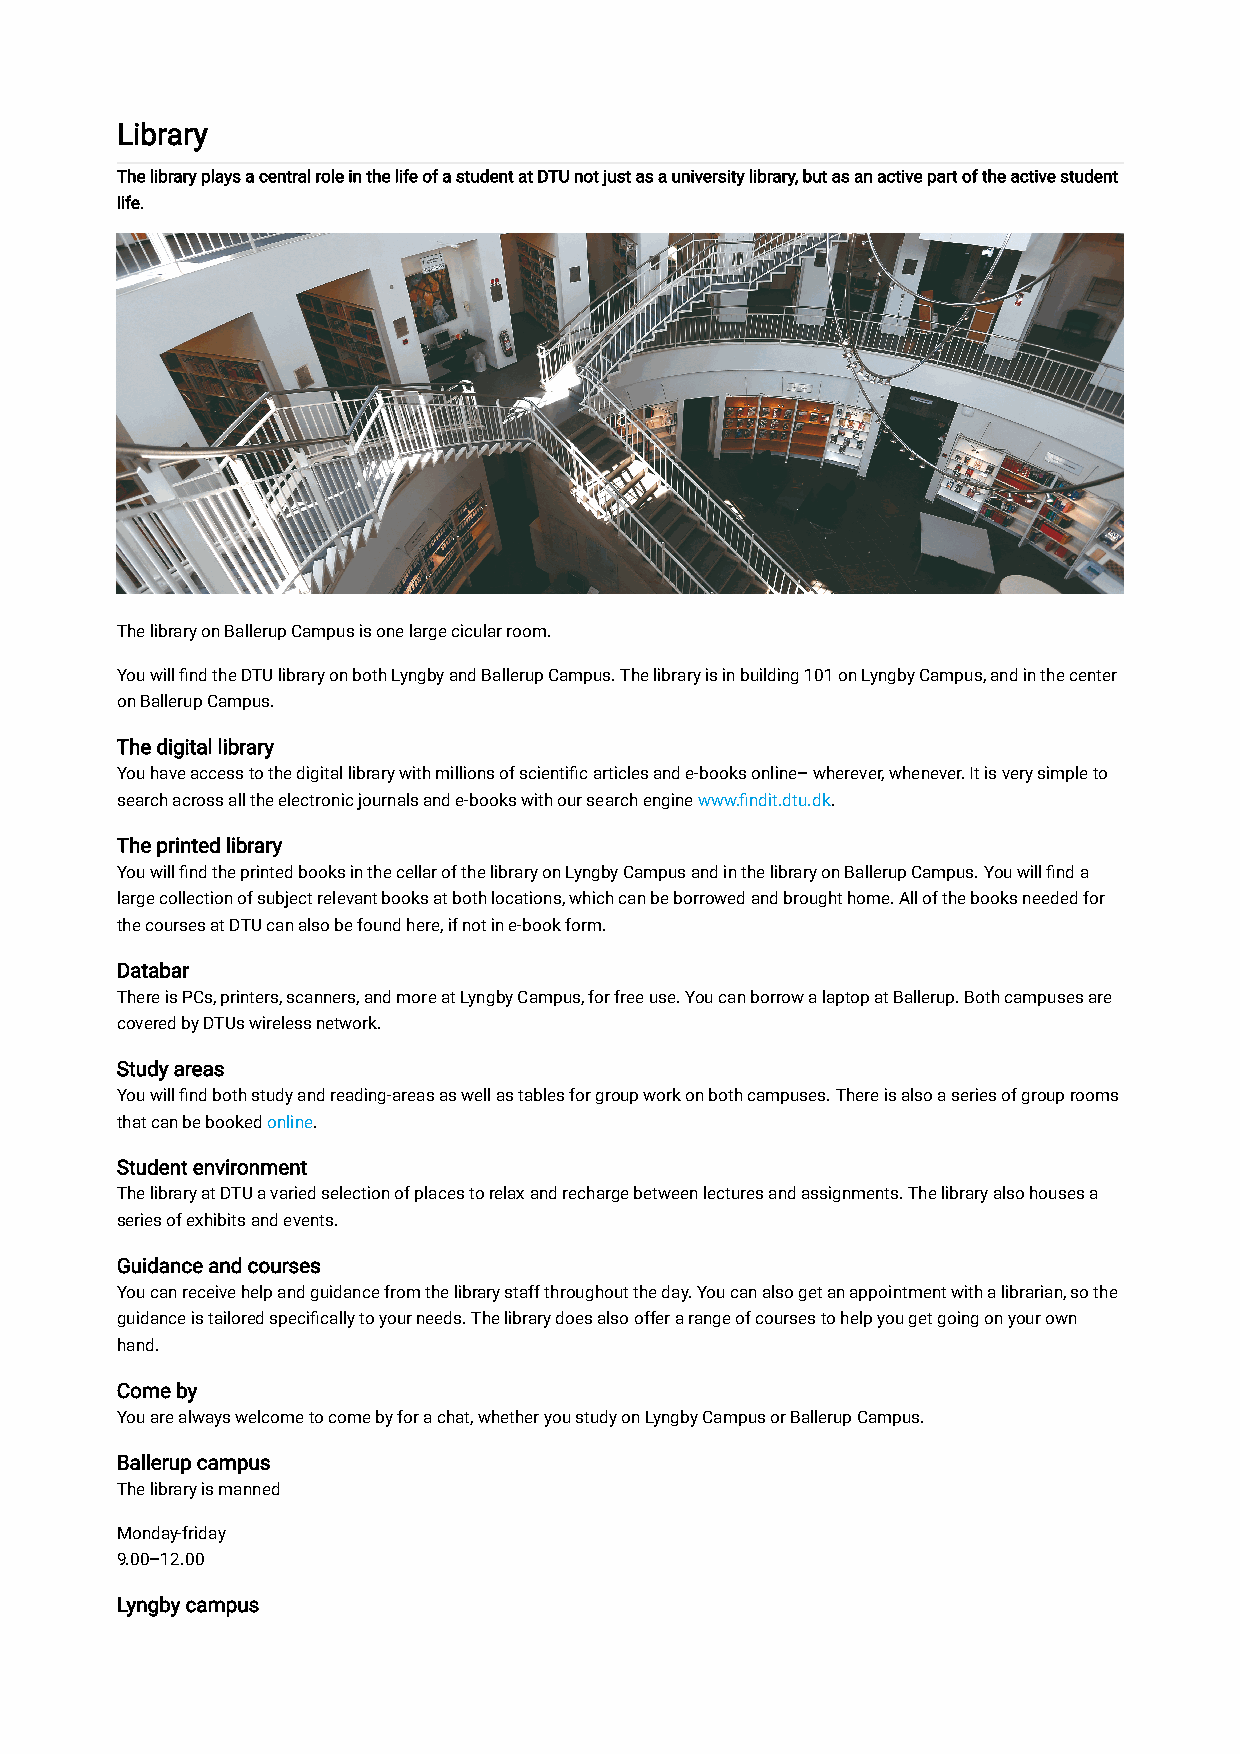
Library
 The library plays a central role in the life of a student at DTU not just as a university library, but as an active part of the active student
 life.
 The library on Ballerup Campus is one large cicular room.
 You will find the DTU library on both Lyngby and Ballerup Campus. The library is in building 101 on Lyngby Campus, and in the center
 on Ballerup Campus.
 The digital library
 You have access to the digital library with millions of scientific articles and e-books online– wherever, whenever. It is very simple to
 search across all the electronic journals and e-books with our search engine www.findit.dtu.dk.
 The printed library
 You will find the printed books in the cellar of the library on Lyngby Campus and in the library on Ballerup Campus. You will find a
 large collection of subject relevant books at both locations, which can be borrowed and brought home. All of the books needed for
 the courses at DTU can also be found here, if not in e-book form.
 Databar
 There is PCs, printers, scanners, and more at Lyngby Campus, for free use. You can borrow a laptop at Ballerup. Both campuses are
 covered by DTUs wireless network.
 Study areas
 You will find both study and reading-areas as well as tables for group work on both campuses. There is also a series of group rooms
 that can be booked online.
 Student environment
 The library at DTU a varied selection of places to relax and recharge between lectures and assignments. The library also houses a
 series of exhibits and events.
 Guidance and courses
 You can receive help and guidance from the library staff throughout the day. You can also get an appointment with a librarian, so the
 guidance is tailored specifically to your needs. The library does also offer a range of courses to help you get going on your own
 hand.
 Come by
 You are always welcome to come by for a chat, whether you study on Lyngby Campus or Ballerup Campus.
 Ballerup campus
 The library is manned
 Monday-friday
 9.00–12.00
 Lyngby campus